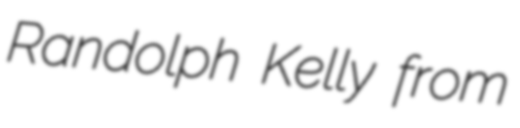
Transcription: Randolph Kelly from